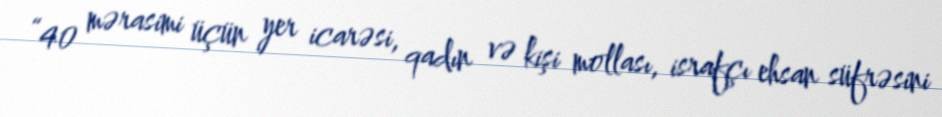
“40 mərasimi üçün yer icarəsi, qadın və kişi mollası, israfçı ehsan süfrəsini